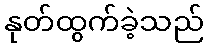
နုတ်ထွက်ခဲ့သည်